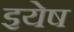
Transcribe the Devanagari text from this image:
इयेष